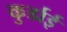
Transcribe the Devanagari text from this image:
कुर्डाई